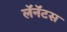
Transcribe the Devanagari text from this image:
लॅनॅटस